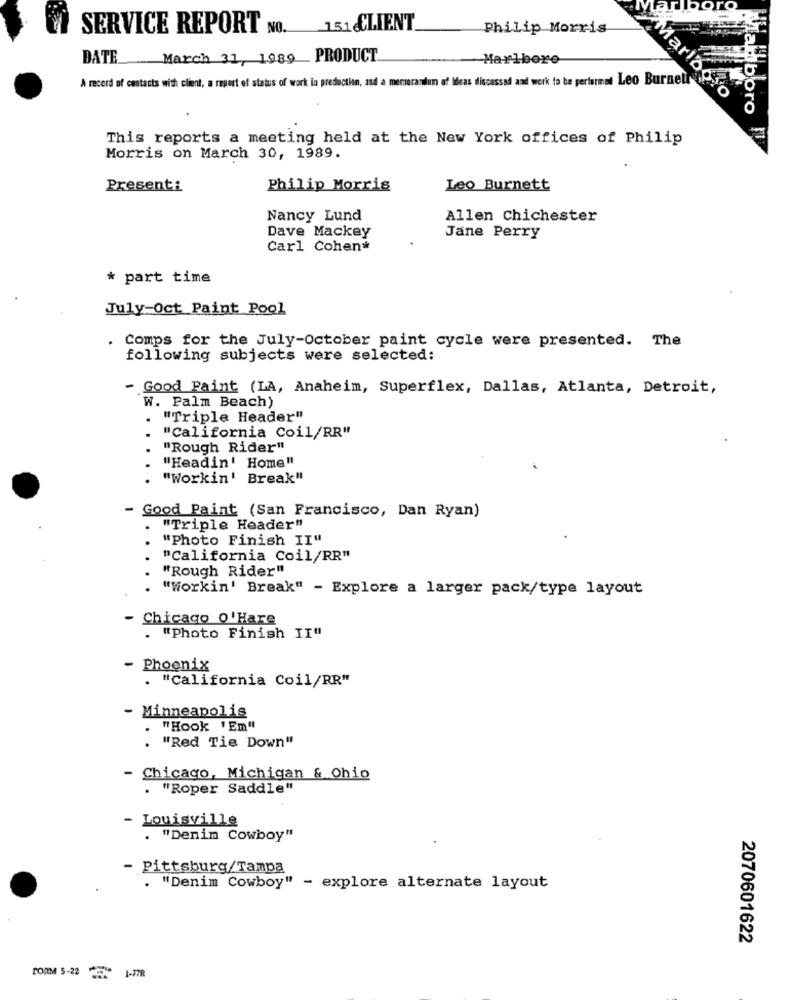
SERVICE REPORT NO. 151 CLIENT
Philip Morris
DATE
March 31, 1989_ PRODUCT
Marlbore
A record of contacts with client, a report of status of work in preductian, and a memorandum of Meas discussed and work to be performed Leo Burnett
Marlboro
Mamboro
This reports a meeting held at the New York offices of Philip
Morris on March 30, 1989.
Presenti
Philip Morris
Leo Burnett
Nancy Lund
Allen Chichester
Dave Mackey
Jane Perry
Carl Cohen*
* part time
July-Oct Paint Pool
. Comps for the July-October paint cycle were presented. The
following subjects were selected:
- Good Paint (LA, Anaheim, Superflex, Dallas, Atlanta, Detroit,
W. Palm Beach)
"Triple Header"
. .
"California Coil/RR"
"Rough Rider"
"Headin' Home"
"Workin' Break"
- Good Paint (San Francisco, Dan Ryan)
"Triple Header"
"Photo Finish II"
"California Coil/RR"
"Rough Rider"
"Workin' Break" - Explore a larger pack/type layout
Chicago o'Hare
. "Photo Finish II"
- Phoenix
. "California Coil/RR"
- Minneapolis
.
"Hook 'Em"
"Red Tie Down"
- Chicago, Michigan & Ohio
. "Roper Saddle"
- Louisville
"Denim Cowboy"
- Pittsburg/Tampa
"Denim Cowboy" - explore alternate layout
2070601622
FORM 5-22 1-77R